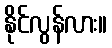
နိုင်လွန်လား။